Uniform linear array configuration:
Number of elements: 48
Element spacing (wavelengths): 0.25
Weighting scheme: blackman
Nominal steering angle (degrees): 45
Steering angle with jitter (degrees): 43.996
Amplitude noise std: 0.05
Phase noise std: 0.05

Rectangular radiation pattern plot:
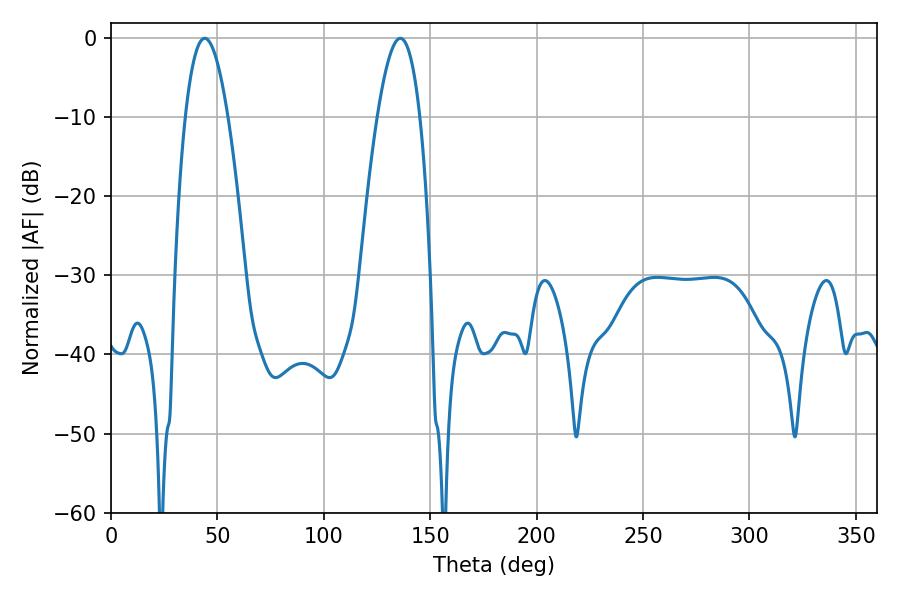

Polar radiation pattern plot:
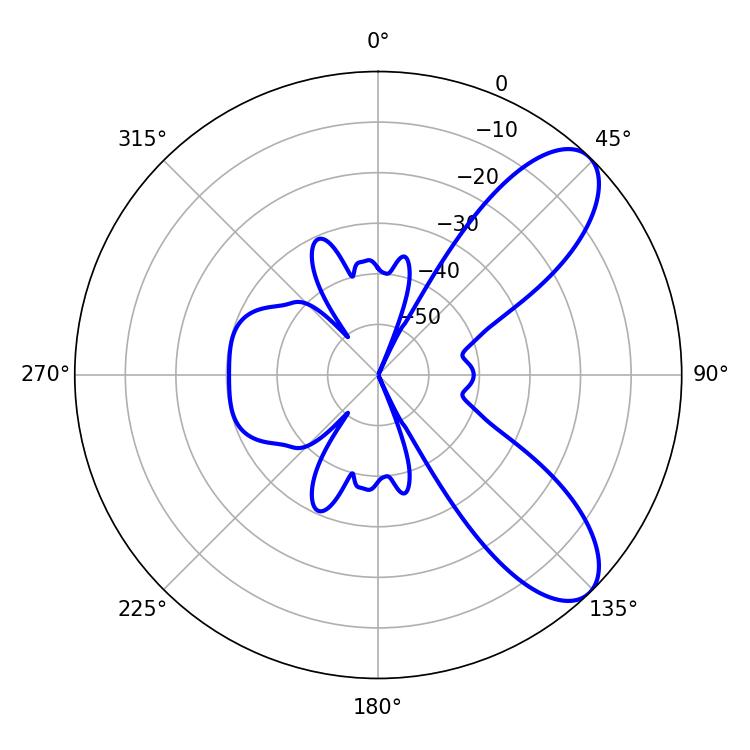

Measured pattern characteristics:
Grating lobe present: FALSE
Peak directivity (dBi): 8.424
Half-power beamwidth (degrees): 10.98
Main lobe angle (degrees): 44.1